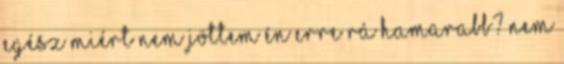
egész Miért nem jöttem én erre rá hamarabb? Nem